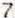
7